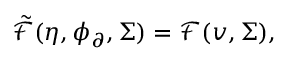
\tilde { \mathcal { F } } ( \eta , \phi _ { \partial } , \Sigma ) = \mathcal { F } ( v , \Sigma ) ,